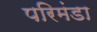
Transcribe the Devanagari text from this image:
परिमंडा